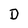
Character: D